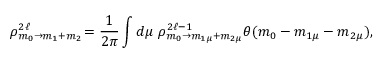
\rho _ { m _ { 0 } \rightarrow m _ { 1 } + m _ { 2 } } ^ { 2 \ell } \! = \frac { 1 } { 2 \pi } \int d \mu \, \, \rho _ { m _ { 0 } \rightarrow m _ { 1 \mu } + m _ { 2 \mu } } ^ { 2 \ell - 1 } \theta ( m _ { 0 } - m _ { 1 \mu } - m _ { 2 \mu } ) ,